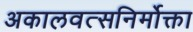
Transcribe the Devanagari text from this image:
अकालवत्सनिर्मोक्ता